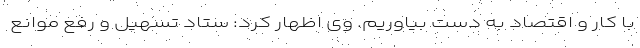
با کار و اقتصاد به دست بیاوریم. وی اظهار کرد: ستاد تسهیل و رفع موانع